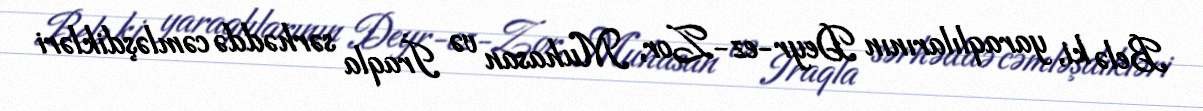
Belə ki, yaraqlılarının Deyr-ez-Zor, Muhasan və İraqla sərhəddə cəmləşdikləri